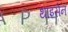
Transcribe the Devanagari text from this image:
थाइसेन